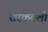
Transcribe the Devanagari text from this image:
सरकवली